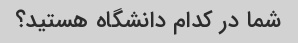
شما در کدام دانشگاه هستید؟